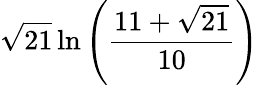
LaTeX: {\sqrt{21}}\ln\left({\frac{11+{\sqrt{21}}}{10}}\right)